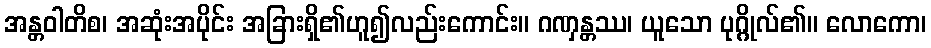
အန္တဝါတိစ၊ အဆုံးအပိုင်း အခြားရှိ၏ဟူ၍လည်းကောင်း။ ဂဏှန္တဿ၊ ယူသော ပုဂ္ဂိုလ်၏။ လောကော၊